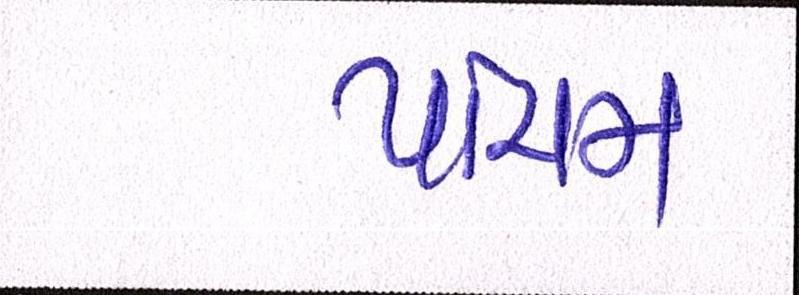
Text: પાંચમ